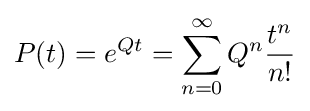
P(t)=e^{Qt}=\sum _{n=0}^{\infty }Q^{n}{\frac {t^{n}}{n!}}